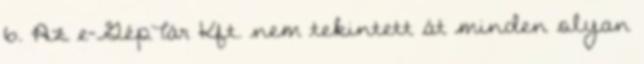
6. Az e-GépTár Kft. nem tekintett át minden olyan